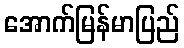
အောက်မြန်မာပြည်